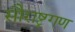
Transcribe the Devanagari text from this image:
सौराष्ट्रगण